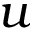
u